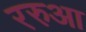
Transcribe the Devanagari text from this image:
ररुआ